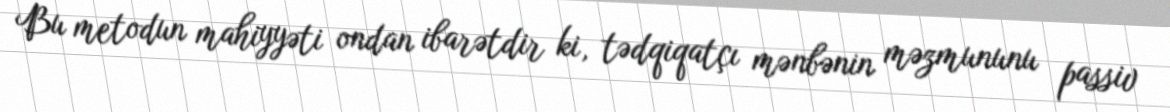
Bu metodun mahiyyəti ondan ibarətdir ki, tədqiqatçı mənbənin məzmununu passiv